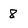
Character: 8